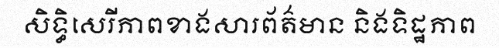
សិទ្ធិសេរីភាពខាងសារព័ត៌មាន និងទិដ្ឋភាព